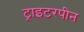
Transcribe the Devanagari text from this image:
ट्राइटरपीन